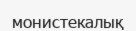
монистекалық